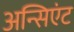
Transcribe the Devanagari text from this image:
अन्सिएंट